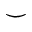
\smile